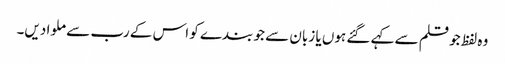
وہ لفظ جو قلم سے کہے گئے ہوں یا زبان سے جو بندے کو اس کے رب سے ملوا دیں۔